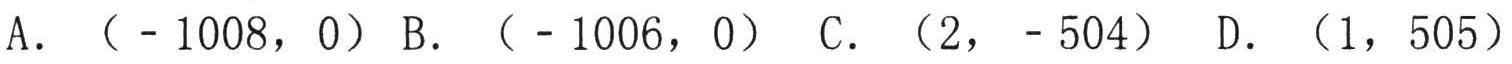
A. \(( - 1008,0)\) B. \(( - 1006,0)\) C. \((2,-504)\) D. \((1,505)\)